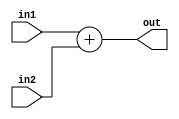
module fixed_point_converter (
    input signed [(N-1):0] in1,
    input signed [(N-1):0] in2,
    output reg signed [(N-1):0] out
);

parameter N = 16; // Number of bits for fixed-point numbers
parameter M = 8; // Number of fractional bits

always @(*) begin
    out = in1 + in2; // Addition module
    // out = in1 - in2; // Subtraction module
    // out = in1 * in2; // Multiplication module
    // out = in1 / in2; // Division module
end

endmodule